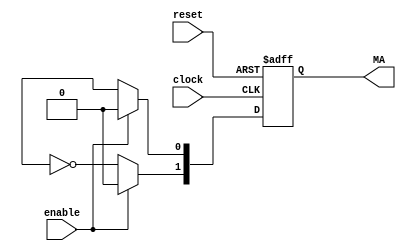
module DC_Motor(clock,enable,reset, MA);
	input reset;
	input clock;
	input enable;                  //
	output [1:0]MA;                //
	reg pulse;	       //
	reg [1:0]MA;	   // 

	always@(posedge clock or negedge reset)
		begin  
			if(!reset)          //
      	MA<= 0;   
			else //MA_r[0]01
				begin
					if (enable == 1)       
						MA <= 0;     
					else//29-45:2PWM
						begin        
							MA[0] <= pulse;
							MA[1] <= ~pulse; //MA_r[1]MA_r[0]
						end    
				end
		end  
endmodule